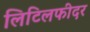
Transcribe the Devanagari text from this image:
लिटिलफीदर